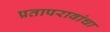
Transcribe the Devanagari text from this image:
प्रतापरावांचा